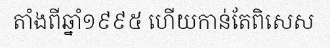
តាំងពីឆ្នាំ១៩៩៥ ហើយកាន់តែពិសេស